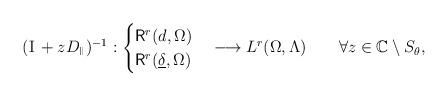
LaTeX: \begin{align*}({\rm I}\,+z D_{{}^\Vert})^{-1}:\begin{cases}{\rm{\sf R}}^r(d,\Omega)\\{\rm{\sf R}}^r(\underline{\delta},\Omega)\end{cases}\longrightarrow L^r(\Omega,\Lambda)\qquad\forall z\in{\mathbb{C}}\setminus S_\theta,\end{align*}